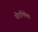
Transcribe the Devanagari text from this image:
वीराभिषेक